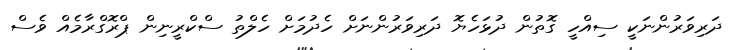
ދަރިވަރުންނަކީ ސިއްހީ ގޮތުން ދުޅަހެޔޮ ދަރިވަރުންނަށް ހެދުމަށް ހެލްތު ސްކްރީނިން ޕްރޮގްރާމެއް ވެސް